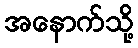
အနောက်သို့